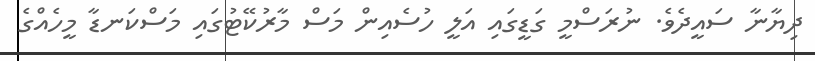
ދިޔާނާ ސައީދެވެ. ނުރަސްމީ ގަޑީގައި އަލީ ހުސެއިން މަސް މާރުކޭޓުގައި މަސްކަނޑާ މީހެއްގެ